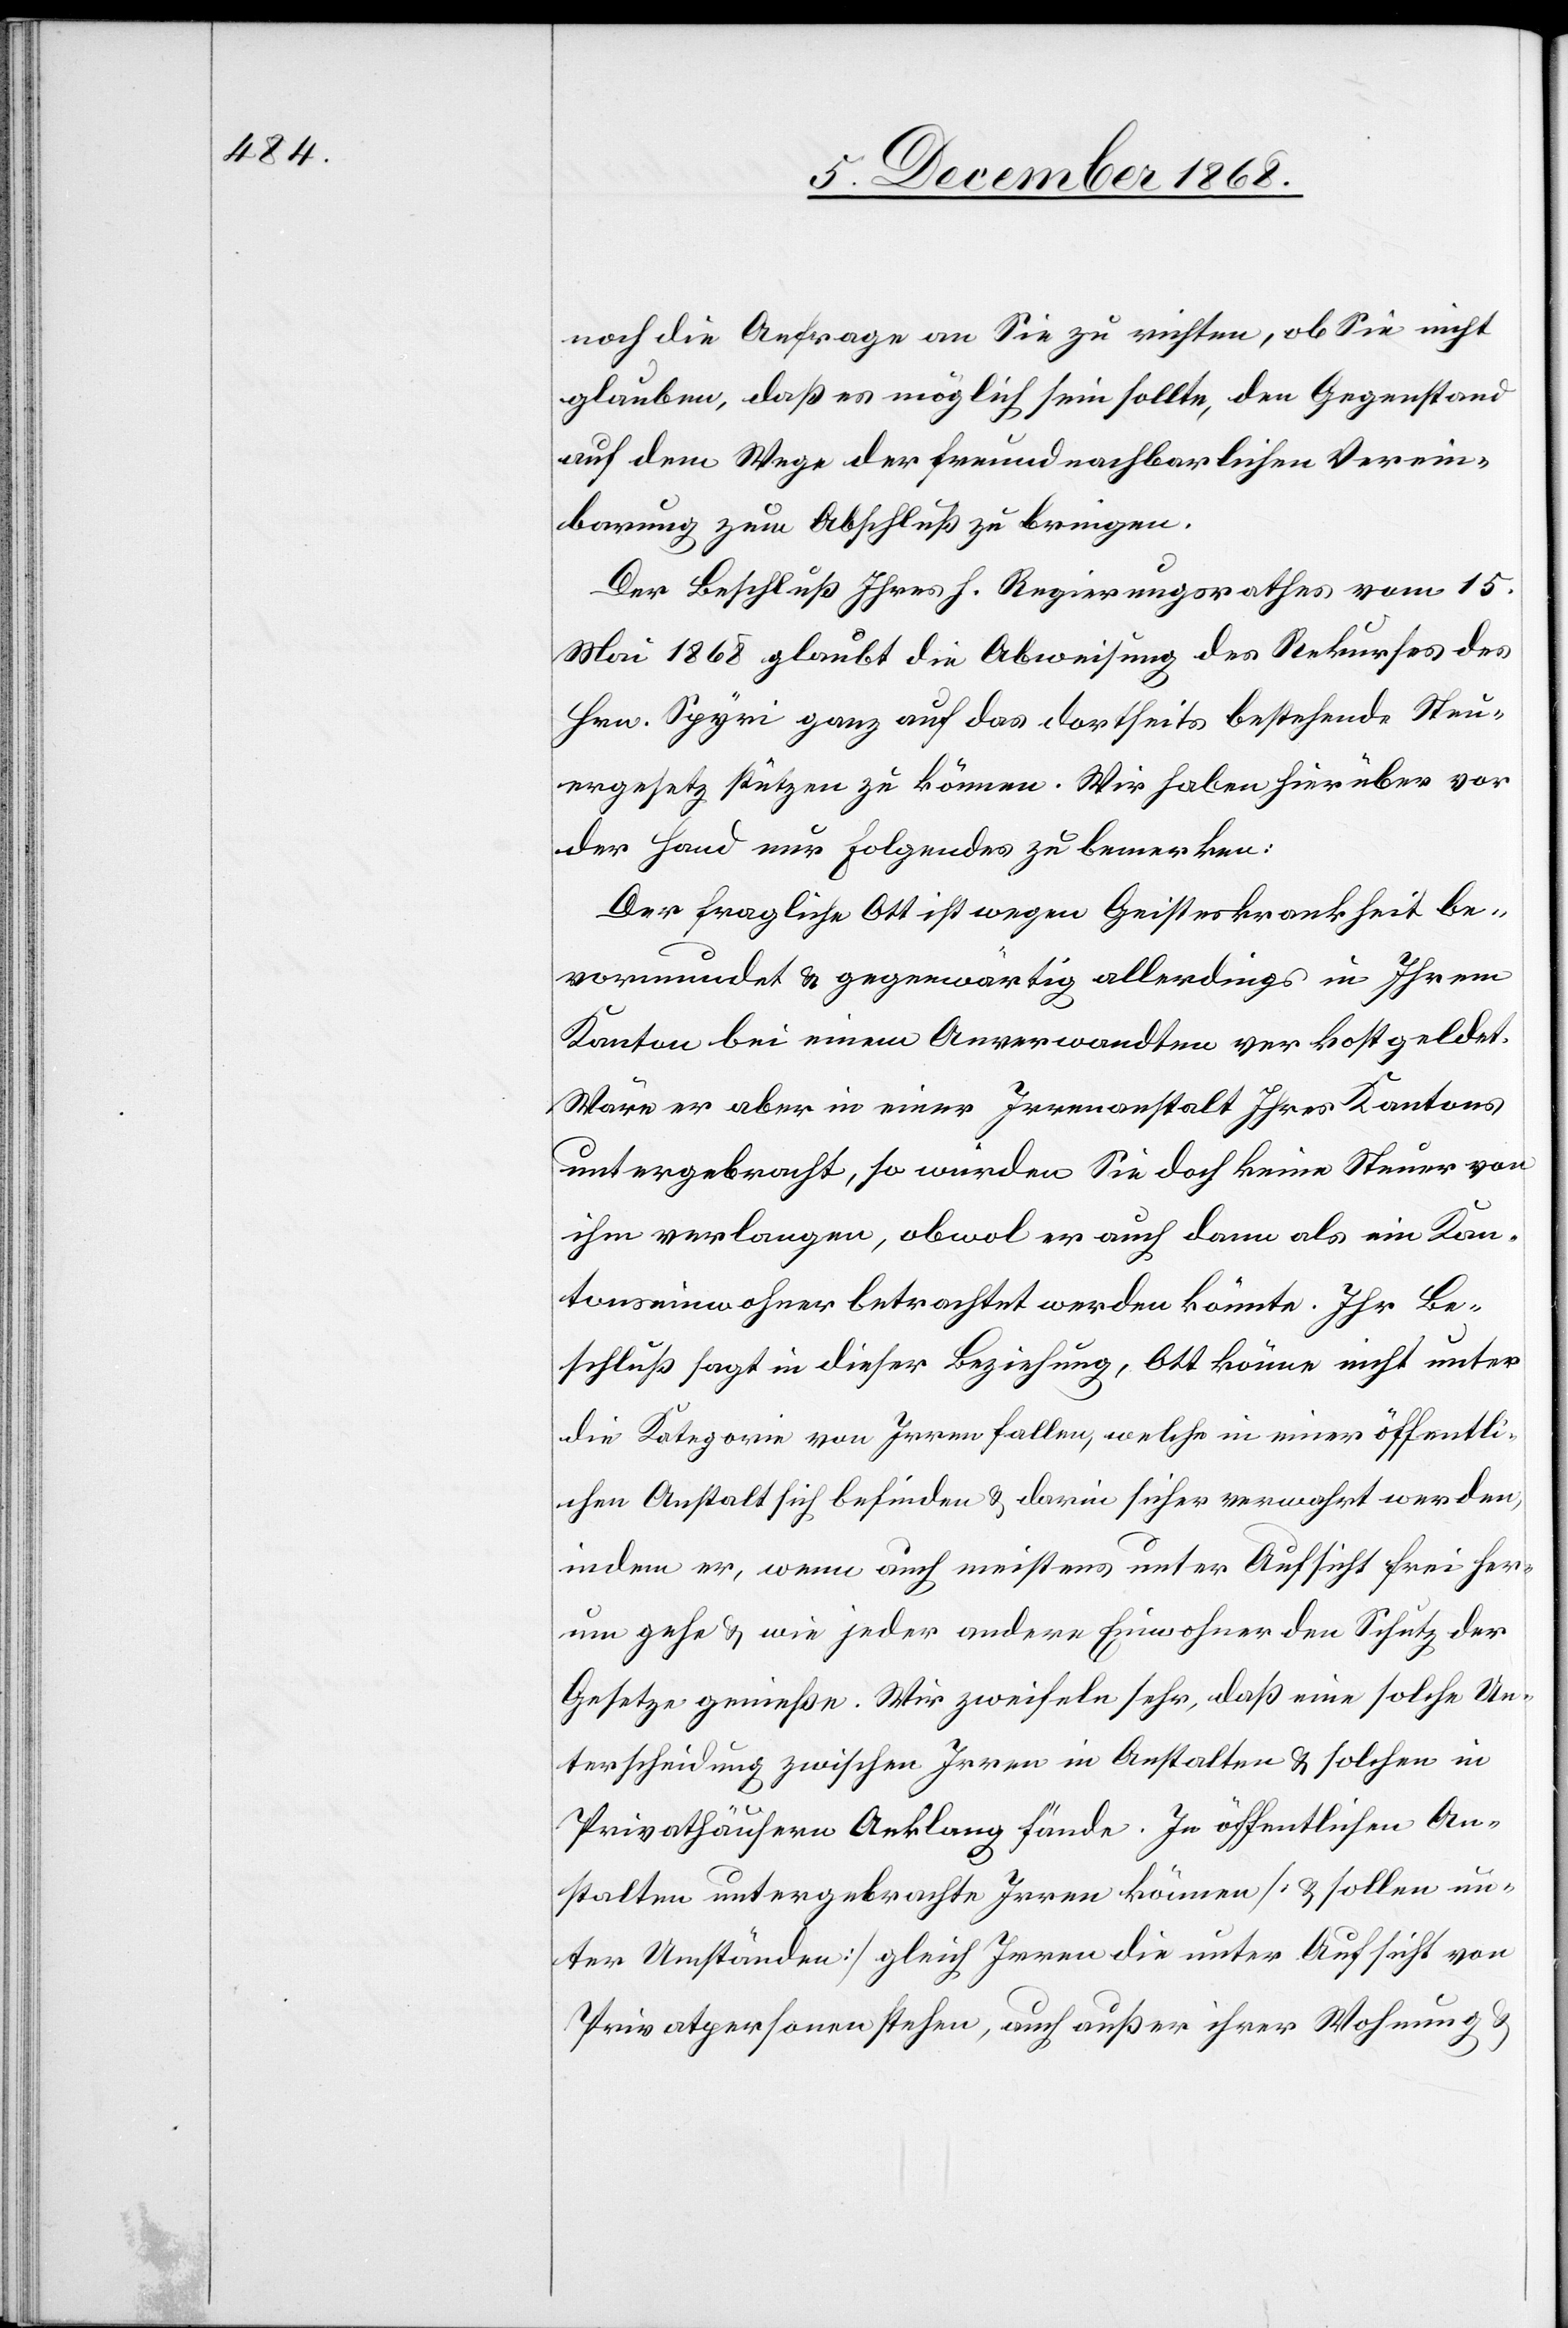
noch die Anfrage an Sie zu richten, ob Sie nicht
glauben, daß es möglich sein sollte, den Gegenstand
auf dem Wege der freundnachbarlichen Verein¬
barung zum Abschluß zu bringen.
Der Beschluß Ihres h. Regierungsrathes vom 15.
Mai 1868 glaubt die Abweisung des Rekurses des
Hrn. Spyri ganz auf das dortseits bestehende Steu¬
ergesetz stützen zu können. Wir haben hierüber vor
der Hand nur Folgendes zu bemerken:
Der fragliche Ott ist wegen Geisteskrankheit be¬
vormundet & gegenwärtig allerdings in Ihrem
Kanton bei einem Anverwandten verkostgeldet.
Wäre er aber in einer Irrenanstalt Ihres Kantons
untergebracht, so würden Sie doch keine Steuer von
ihm verlangen, obwol er auch dann als ein Kan¬
tonseinwohner betrachtet werden könnte. Ihr Be¬
schluß sagt in dieser Beziehung, Ott könne nicht unter
die Kategorie von Irren fallen, welche in einer öffentli¬
chen Anstalt sich befinden & darin sicher verwahrt werden;
indem er, wenn auch meistens unter Aufsicht frei her¬
um gehe & wie jeder andere Einwohner den Schutz der
Gesetze genieße. Wir zweifeln sehr, daß eine solche Un¬
terscheidung zwischen Irren in Anstalten & solchen in
Privathäusern Anklang fände. In öffentlichen An¬
stalten untergebrachte Irren können [& sollen un¬
ter Umständen] gleich Irren die unter Aufsicht von
Privatpersonen stehen, auch außer ihrer Wohnung &